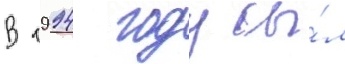
В 1994 году бы́л